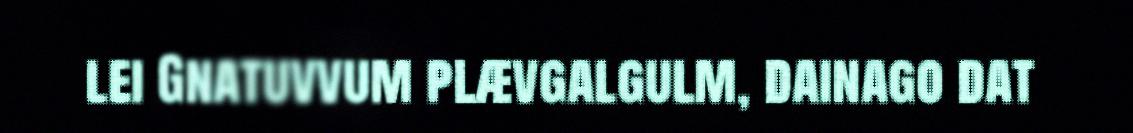
lei Gnatuvvum plævgalgulm, dainago dat